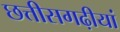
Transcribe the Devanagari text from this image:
छत्तीसगढ़ीयां